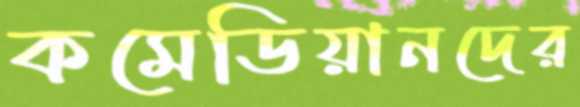
কমেডিয়ানদের